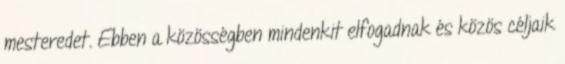
mesteredet. Ebben a közösségben mindenkit elfogadnak és közös céljaik